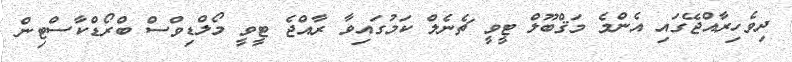
ދިވެހިރާއްޖޭގައި އެންމެ މަޤްބޫލް ޓީވީ ޗެނެލް ކަމުގައިވާ ރާއްޖެ ޓީވީ މޯލްޑިވްސް ބްރޯޑްކާސްޓިން